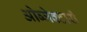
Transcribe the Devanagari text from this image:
ओब्जेक्टारी